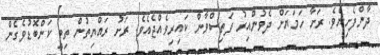
ދާންފެށިޔެވެ. ރަށާ ހަމަޔަށް ދެވުންއިރު ފަތިސްވާން ކައިރިވެއްޖެއެވެ. ރަށު ރައްޔިތުން ތިބީ ކަންބޮޑުވެގެން